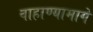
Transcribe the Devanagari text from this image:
वाहाण्यामागे